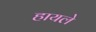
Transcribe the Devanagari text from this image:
हायले